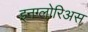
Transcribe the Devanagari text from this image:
इनग्लोरिअस